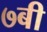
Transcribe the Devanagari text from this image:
७बी